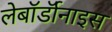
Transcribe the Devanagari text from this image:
लेबॉर्डॉनाइस